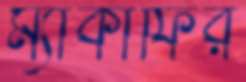
ম্যাকাফির